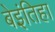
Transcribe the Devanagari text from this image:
बेइंतिहा